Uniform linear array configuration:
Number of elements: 32
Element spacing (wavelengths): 0.75
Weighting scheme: hamming
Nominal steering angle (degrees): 30
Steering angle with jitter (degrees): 29.132
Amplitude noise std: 0.05
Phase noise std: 0.05

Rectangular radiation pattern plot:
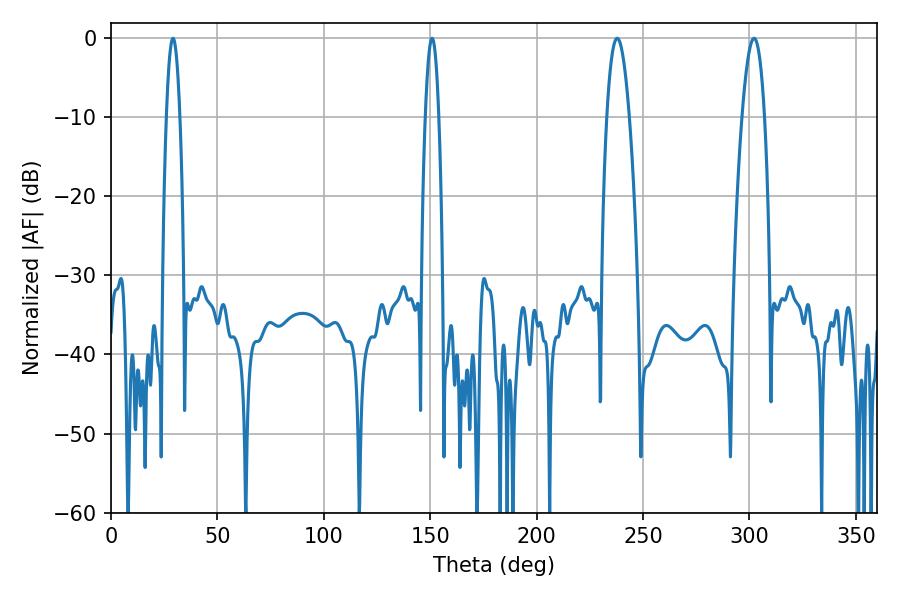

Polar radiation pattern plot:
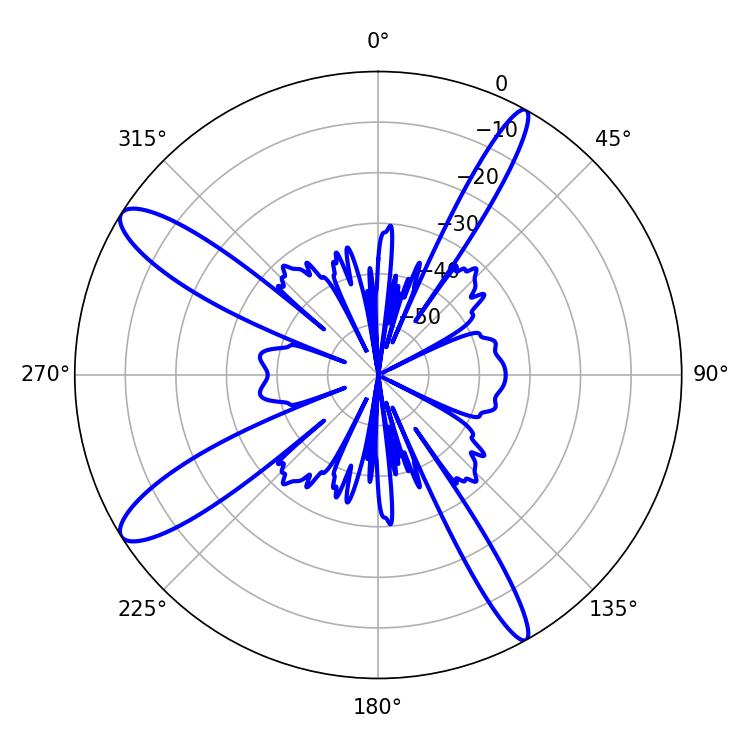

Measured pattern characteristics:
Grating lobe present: TRUE
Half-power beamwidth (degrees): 3.42
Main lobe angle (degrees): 29.16